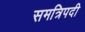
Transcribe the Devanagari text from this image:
समत्रिपदी